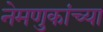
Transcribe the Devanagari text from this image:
नेमणुकांच्या